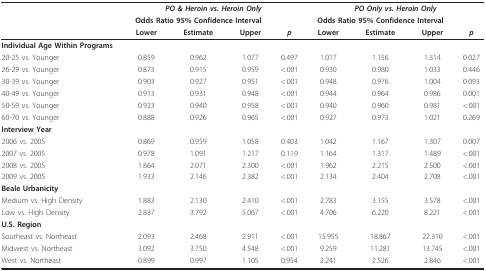
<table><thead><tr><td></td><td colspan="4"><b><i>PO &amp; Heroin vs. Heroin Only</i></b></td><td colspan="4"><b><i>PO Only vs. Heroin Only</i></b></td></tr><tr><td></td><td colspan="3"><b>Odds Ratio 95% Confidence Interval</b></td><td></td><td colspan="3"><b>Odds Ratio 95% Confidence Interval</b></td><td></td></tr><tr><td></td><td><b>Lower</b></td><td><b>Estimate</b></td><td><b>Upper</b></td><td><b><i>p</i></b></td><td><b>Lower</b></td><td><b>Estimate</b></td><td><b>Upper</b></td><td><b><i>p</i></b></td></tr></thead><tbody><tr><td><b>Individual Age Within Programs</b></td><td></td><td></td><td></td><td></td><td></td><td></td><td></td><td></td></tr><tr><td>20-25 vs. Younger</td><td>0.859</td><td>0.962</td><td>1.077</td><td>0.497</td><td>1.017</td><td>1.156</td><td>1.314</td><td>0.027</td></tr><tr><td>26-29 vs. Younger</td><td>0.873</td><td>0.915</td><td>0.959</td><td>&lt;.001</td><td>0.930</td><td>0.980</td><td>1.033</td><td>0.446</td></tr><tr><td>30-39 vs. Younger</td><td>0.903</td><td>0.927</td><td>0.951</td><td>&lt;.001</td><td>0.948</td><td>0.976</td><td>1.004</td><td>0.093</td></tr><tr><td>40-49 vs. Younger</td><td>0.913</td><td>0.931</td><td>0.948</td><td>&lt;.001</td><td>0.944</td><td>0.964</td><td>0.986</td><td>0.001</td></tr><tr><td>50-59 vs. Younger</td><td>0.923</td><td>0.940</td><td>0.958</td><td>&lt;.001</td><td>0.940</td><td>0.960</td><td>0.981</td><td>&lt;.001</td></tr><tr><td>60-70 vs. Younger</td><td>0.888</td><td>0.926</td><td>0.965</td><td>&lt;.001</td><td>0.927</td><td>0.973</td><td>1.021</td><td>0.269</td></tr><tr><td><b>Interview Year</b></td><td></td><td></td><td></td><td></td><td></td><td></td><td></td><td></td></tr><tr><td>2006 vs. 2005</td><td>0.869</td><td>0.959</td><td>1.058</td><td>0.403</td><td>1.042</td><td>1.167</td><td>1.307</td><td>0.007</td></tr><tr><td>2007 vs. 2005</td><td>0.978</td><td>1.091</td><td>1.217</td><td>0.119</td><td>1.164</td><td>1.317</td><td>1.489</td><td>&lt;.001</td></tr><tr><td>2008 vs. 2005</td><td>1.864</td><td>2.071</td><td>2.300</td><td>&lt;.001</td><td>1.962</td><td>2.215</td><td>2.500</td><td>&lt;.001</td></tr><tr><td>2009 vs. 2005</td><td>1.933</td><td>2.146</td><td>2.382</td><td>&lt;.001</td><td>2.134</td><td>2.404</td><td>2.708</td><td>&lt;.001</td></tr><tr><td><b>Beale Urbanicity</b></td><td></td><td></td><td></td><td></td><td></td><td></td><td></td><td></td></tr><tr><td>Medium vs. High Density</td><td>1.883</td><td>2.130</td><td>2.410</td><td>&lt;.001</td><td>2.783</td><td>3.155</td><td>3.578</td><td>&lt;.001</td></tr><tr><td>Low vs. High Density</td><td>2.837</td><td>3.792</td><td>5.067</td><td>&lt;.001</td><td>4.706</td><td>6.220</td><td>8.221</td><td>&lt;.001</td></tr><tr><td><b>U.S. Region</b></td><td></td><td></td><td></td><td></td><td></td><td></td><td></td><td></td></tr><tr><td>Southeast vs. Northeast</td><td>2.093</td><td>2.468</td><td>2.911</td><td>&lt;.001</td><td>15.955</td><td>18.867</td><td>22.310</td><td>&lt;.001</td></tr><tr><td>Midwest vs. Northeast</td><td>3.092</td><td>3.750</td><td>4.548</td><td>&lt;.001</td><td>9.259</td><td>11.281</td><td>13.745</td><td>&lt;.001</td></tr><tr><td>West vs. Northeast</td><td>0.899</td><td>0.997</td><td>1.105</td><td>0.954</td><td>2.241</td><td>2.526</td><td>2.846</td><td>&lt;.001</td></tr></tbody></table>